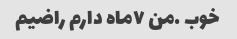
خوب .من ۷ماه دارم راضیم